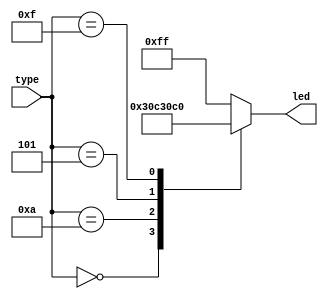
`timescale 1ns / 1ps

module led_display(
    input [3:0] type,
    output reg [7:0] led
);

always @ *
begin
  case (type)
    4'b0000: led = 8'b00000011;
    4'b1010: led = 8'b00001100;
    4'b0101: led = 8'b00110000;
    4'b1111: led = 8'b11000000;
    default: led = 8'b11111111;
  endcase
end

endmodule